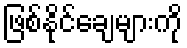
ဖြစ်နိုင်ချေများကို